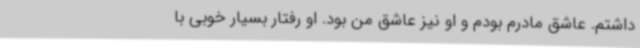
داشتم. عاشق مادرم بودم و او نیز عاشق من بود. او رفتار بسیار خوبی با